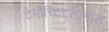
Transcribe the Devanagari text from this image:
टेनोच्टिट्लानास